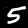
Label: 5